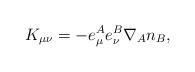
LaTeX: \begin{align*}K_{\mu \nu} = - e^{A}_{\mu} e^{B}_{\nu} \nabla_A n_B,\end{align*}